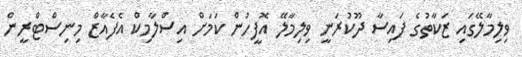
ވިލިމާލޭގައި ޒަކާތުގެ ފައިސާ ދޫކުރަނީ ވިލިމާލޭ އޮފީހުން ކަމަށް އިސްލާމިކް އެފެއާޒް މިނިސްޓްރީން